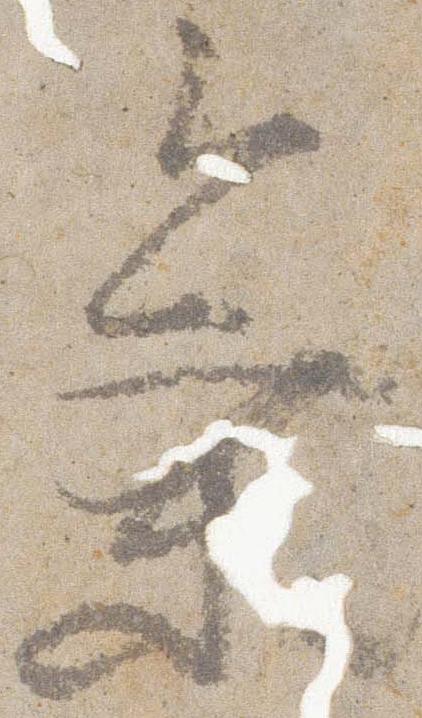
乗